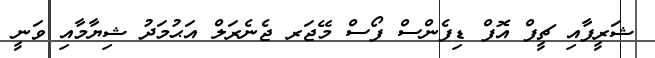
ޝަރީފާއި ޗީފް އޮފް ޑިފެންސް ފޯސް މޭޖަރ ޖެނެރަލް އަޙުމަދު ޝިޔާމާއި ވަނީ